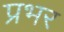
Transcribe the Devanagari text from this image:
प्रभर